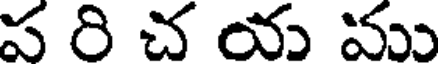
ప రి చ య ము